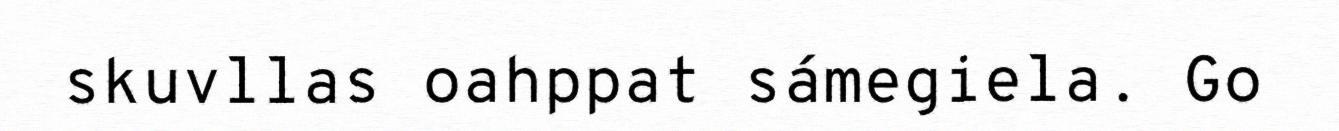
skuvllas oahppat sámegiela. Go